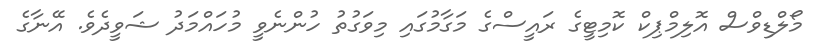
މޯލްޑިވްސް އޮލިމްޕިކް ކޮމިޓީގެ ރައީސްގެ މަގާމުގައި މިވަގުތު ހުންނެވީ މުހައްމަދު ޝަވީދެވެ. އޭނާގެ